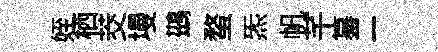
姪栖茭墁鷀蝥炁帆芊纂二